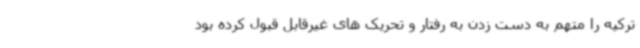
ترکیه را متهم به دست زدن به رفتار و تحریک های غیرقابل قبول کرده بود